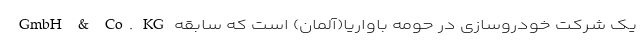
GmbH & Co. KG یک شرکت خودروسازی در حومه باواریا(آلمان) است که سابقه